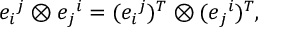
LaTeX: e _ { i } { } ^ { j } \otimes e _ { j } { } ^ { i } = ( e _ { i } { } ^ { j } ) ^ { T } \otimes ( e _ { j } { } ^ { i } ) ^ { T } ,